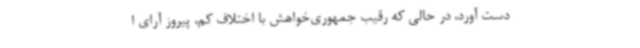
دست آورد، در حالی که رقیب جمهوری‌خواهش با اختلاف کم، پیروز آرای ا